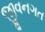
જીવનગત